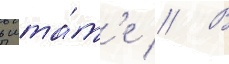
в шта́т'е // В